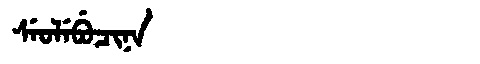
Manchu: ᠰᡝᠣᠯᡝᠪᡠᠴᡳᠨᠠ
Romanization: SEOLEBUCINA